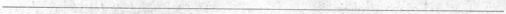
___